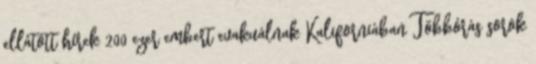
ellátott hírek 200 ezer embert evakuálnak Kaliforniában Többórás sorok